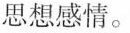
思想感情。